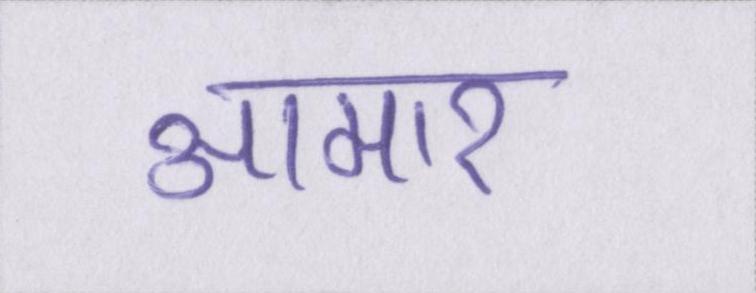
आमार